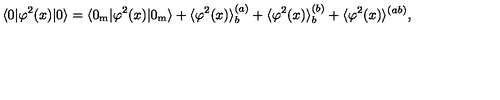
\langle 0 | \varphi ^ { 2 } ( x ) | 0 \rangle = \langle 0 _ { { \mathrm { m } } } | \varphi ^ { 2 } ( x ) | 0 _ { { \mathrm { m } } } \rangle + \langle \varphi ^ { 2 } ( x ) \rangle _ { b } ^ { ( a ) } + \langle \varphi ^ { 2 } ( x ) \rangle _ { b } ^ { ( b ) } + \langle \varphi ^ { 2 } ( x ) \rangle ^ { ( a b ) } ,